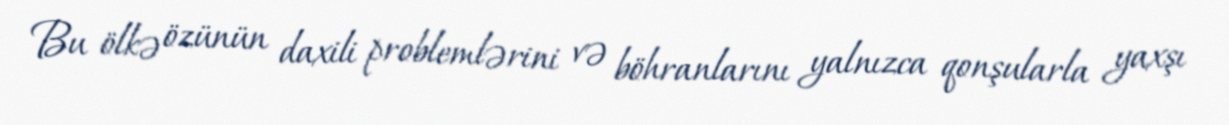
Bu ölkə özünün daxili problemlərini və böhranlarını yalnızca qonşularla yaxşı